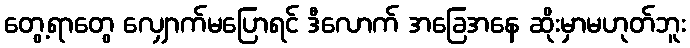
တွေ့ရာတွေ လျှောက်မပြောရင် ဒီလောက် အခြေအနေ ဆိုးမှာမဟုတ်ဘူး